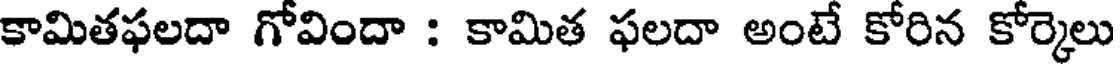
కామితఫలదా గోవిందా : కామిత ఫలదా అంటే కోరిన కోర్కెలు